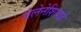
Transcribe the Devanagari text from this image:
मेलेनेशियाई